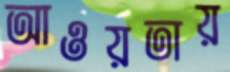
আওয়তায়